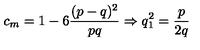
c _ { m } = 1 - 6 \frac { ( p - q ) ^ { 2 } } { p q } \Rightarrow q _ { 1 } ^ { 2 } = \frac { p } { 2 q }